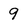
Character: 9